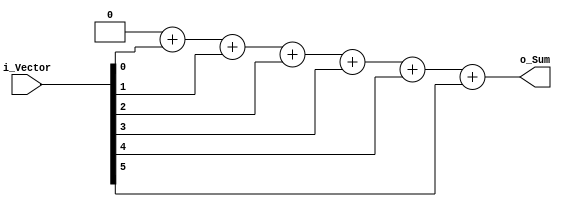
`ifndef BIT_ADDER
`define BIT_ADDER

`timescale 1ns / 1ps
`default_nettype none

// This is a parametrizable adder, the output of which is the number of
// high bits in the input vector.

module bit_adder
    #(
        parameter VECTOR_WIDTH = 6              // how wide the input vector is
    )
    (
        input wire [VECTOR_WIDTH-1:0]           i_Vector,
        output reg [VECTOR_WIDTH/2-1:0]         o_Sum
    );

    integer ii;
    always @ (i_Vector) begin
        o_Sum = 0;
        for(ii = 0; ii < VECTOR_WIDTH; ii = ii + 1) begin
            o_Sum = o_Sum + i_Vector[ii];
        end
    end

endmodule

`endif